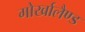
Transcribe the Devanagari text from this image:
गोर्खालैण्ड